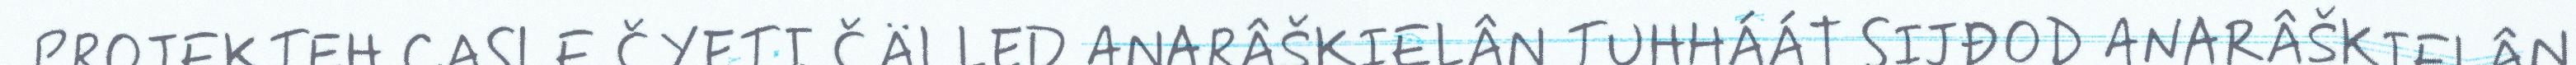
PROJEKTEH CASLE ČYETI ČÄLLED ANARÂŠKIELÂN TUHHÁÁT SIJĐOD ANARÂŠKIELÂN